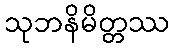
သုဘနိမိတ္တဿ